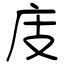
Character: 庋